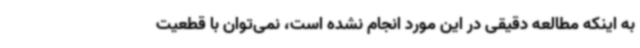
به اینکه مطالعه دقیقی در این مورد انجام نشده است، نمی‌توان با قطعیت